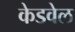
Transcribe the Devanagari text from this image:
केडवेल